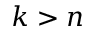
k > n